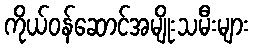
ကိုယ်ဝန်ဆောင်အမျိုးသမီးများ